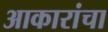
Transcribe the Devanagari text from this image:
आकारांचा